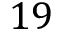
1 9